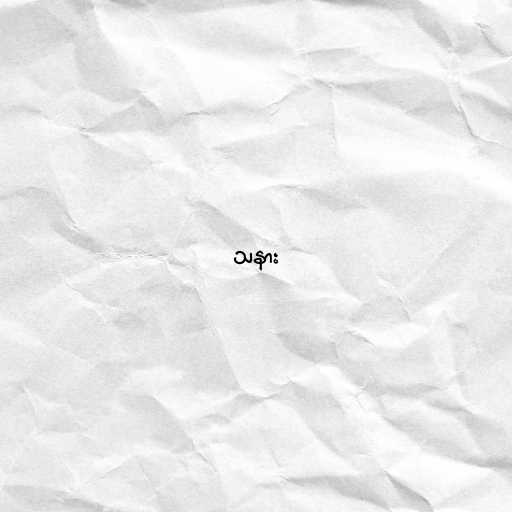
သနား